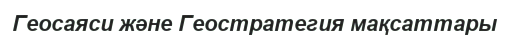
Геосаяси және Геостратегия мақсаттары